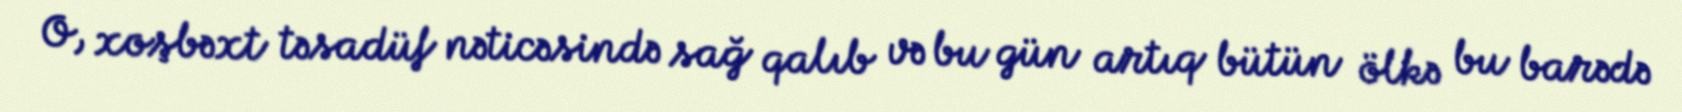
O, xoşbəxt təsadüf nəticəsində sağ qalıb və bu gün artıq bütün ölkə bu barədə